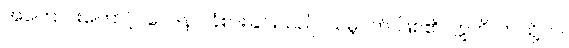
အကြောင်းကြောင့်။ ဝေဒနာ၊ ခံစားခြင်းသည်။ သမ္ဘဝတိ၊ ဖြစ်၏။ ဣတိ၊ ဤသို့။ ပ။